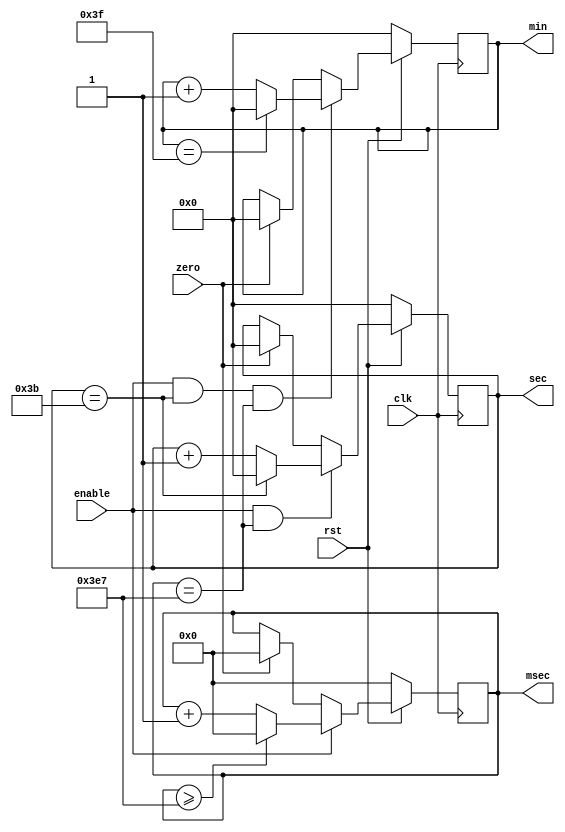
module stop_watch(rst, clk, enable, zero, min, sec, msec);
	input rst, clk;
	input enable, zero;
	
	output [6:0] min, sec;
	reg [6:0] min, sec;
	
	output [14:0] msec;
	reg [14:0] msec;
	
	always @(posedge clk) begin
		if (~rst) msec = 0;
		else begin
			if (enable) begin
				if (msec >= 999) msec = 0;
				else msec = msec + 1;
			end else if (zero) begin
				msec = 0;
			end
		end
	end
	
	always @(posedge clk) begin
		if (~rst) sec = 0;
		else begin
			if (enable && (msec == 999)) begin
				if (sec == 59) sec = 0;
				else sec = sec + 1;
			end else if (zero) begin
				sec = 0;
			end
		end
	end
	
	always @(posedge clk) begin
		if (~rst) min = 0;
		else begin
			if (enable && (sec == 59) && (msec == 999)) begin
				if (min == 63) min = 0;
				else min = min + 1;
			end else if (zero) begin
				min = 0;
			end
		end
	end
endmodule